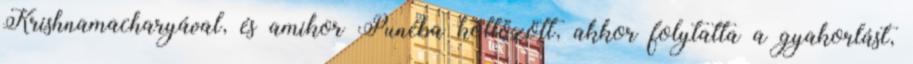
Krishnamacharyával, és amikor Punéba költözött, akkor folytatta a gyakorlást,